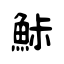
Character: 鮛